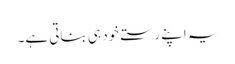
یہ اپنے رستے خود ہی بناتی ہے۔